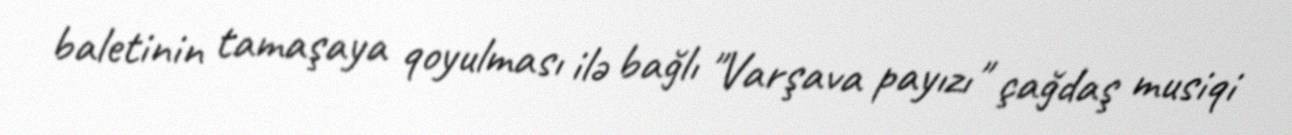
baletinin tamaşaya qoyulması ilə bağlı "Varşava payızı" çağdaş musiqi